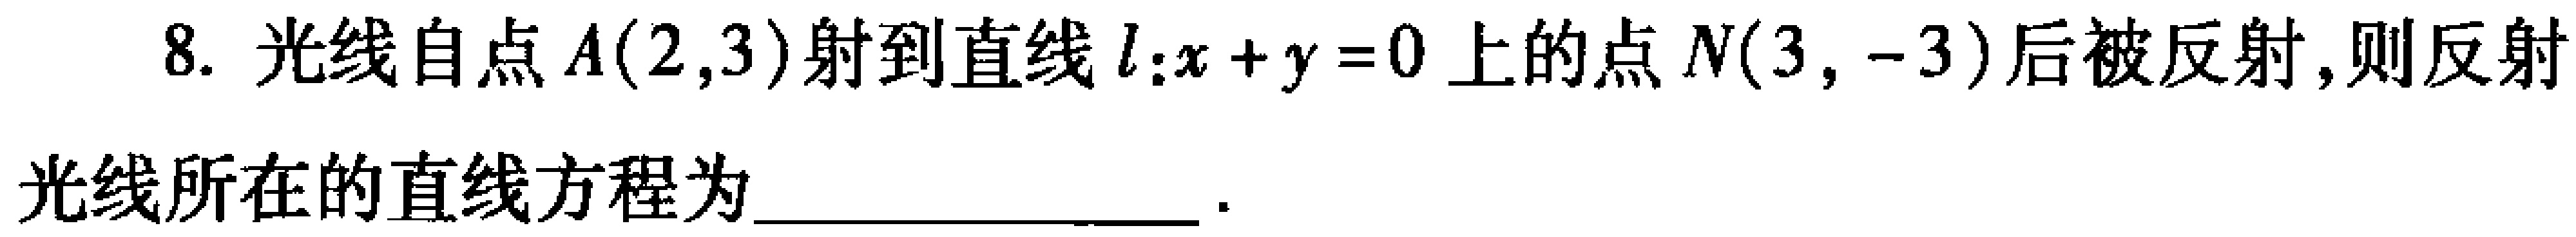
8. 光线自点\(A(2,3)\)射到直线\(l:x + y = 0\)上的点\(N(3,-3)\)后被反射,则反射
光线所在的直线方程为____________________.